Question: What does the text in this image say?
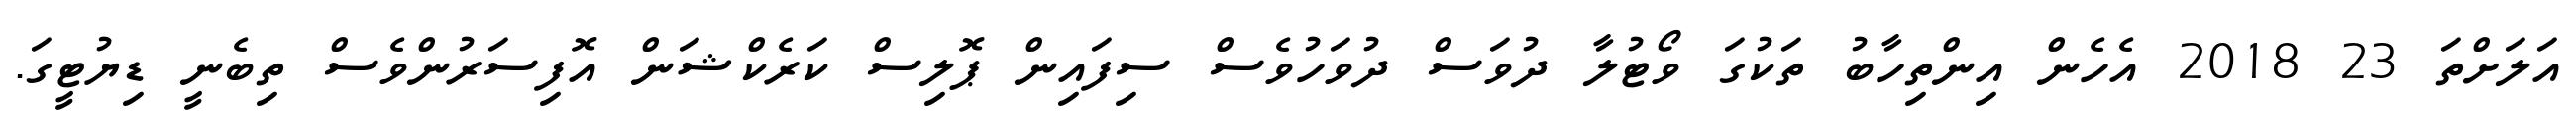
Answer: އަލަށްތަ 23 2018 އެހެން އިންތިހާބު ތަކުގަ ވޯޓުލާ ދުވަސް ދުވަހުވެސް ސިފައިން ޕޮލިސް ކަރެކްޝަން އޮފިސަރުންވެސް ތިބެނީ ޑިޔުޓީގަ.